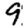
Digit: 9